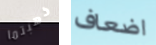
ذهبتما اضعاف